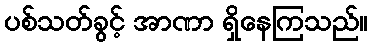
ပစ်သတ်ခွင့် အာဏာ ရှိနေကြသည်။